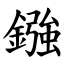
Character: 鏹